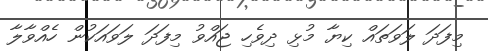
މިފަދަ ލަވަތައް ކިޔާ މުޅި ދިވެހި ޖައްވު މިފަދަ ލަވައަކުން ހެއްވާލާ